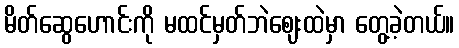
မိတ်ဆွေဟောင်းကို မထင်မှတ်ဘဲဈေးထဲမှာ တွေ့ခဲ့တယ်။